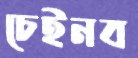
চেইনব